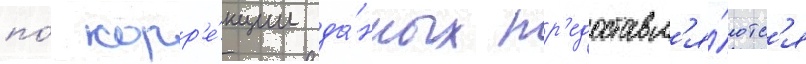
по́ корр'е́кции да́нных пр'едоставл'я́ютс'я